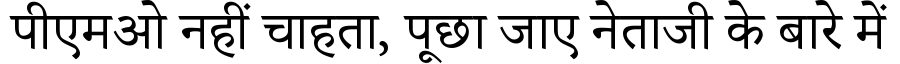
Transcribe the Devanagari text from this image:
पीएमओ नहीं चाहता, पूछा जाए नेताजी के बारे में